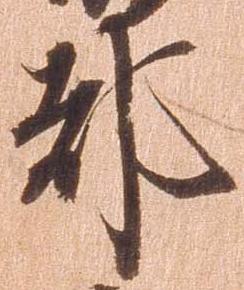
都